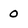
Character: 0